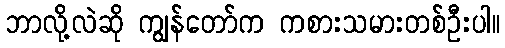
ဘာလို့လဲဆို ကျွန်တော်က ကစားသမားတစ်ဦးပါ။